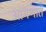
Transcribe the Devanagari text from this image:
आंगणात